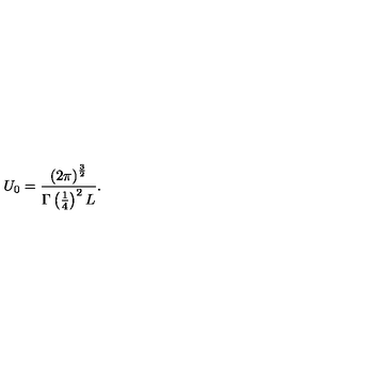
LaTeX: U _ { 0 } = \frac { \left( 2 \pi \right) ^ { \frac { 3 } { 2 } } } { \Gamma \left( \frac { 1 } { 4 } \right) ^ { 2 } L } .